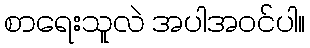
စာရေးသူလဲ အပါအဝင်ပါ။